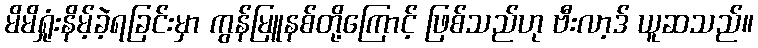
မိမိရှုံးနိမ့်ခဲ့ရခြင်းမှာ ကွန်မြူနစ်တို့ကြောင့် ဖြစ်သည်ဟု ဗီးလာ့ဒ် ယူဆသည်။